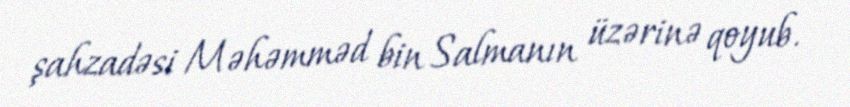
şahzadəsi Məhəmməd bin Salmanın üzərinə qoyub.